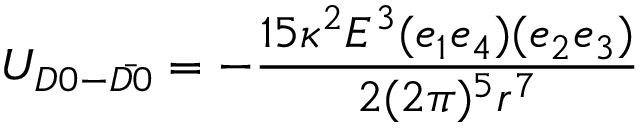
U _ { D 0 - \bar { D 0 } } = - \frac { 1 5 \kappa ^ { 2 } E ^ { 3 } ( e _ { 1 } e _ { 4 } ) ( e _ { 2 } e _ { 3 } ) } { 2 ( 2 \pi ) ^ { 5 } r ^ { 7 } }